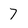
Character: 7